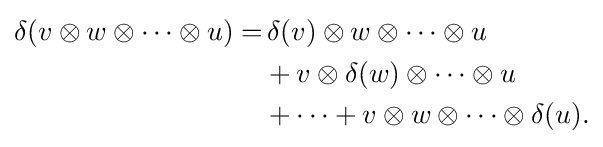
{\begin{aligned}\delta (v\otimes w\otimes \cdots \otimes u)=&\,\delta (v)\otimes w\otimes \cdots \otimes u\\&+v\otimes \delta (w)\otimes \cdots \otimes u\\&+\cdots +v\otimes w\otimes \cdots \otimes \delta (u).\end{aligned}}